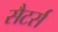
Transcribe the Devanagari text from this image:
सैटर्स